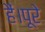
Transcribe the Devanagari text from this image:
हैं।पूरे